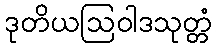
ဒုတိယဩဝါဒသုတ္တံ